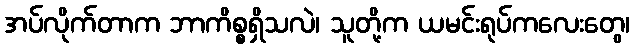
အပ်လိုက်တာက ဘာကိစ္စရှိသလဲ၊ သူတို့က ယမင်းရုပ်ကလေးတွေ၊